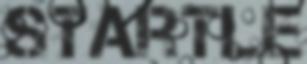
STARTLE